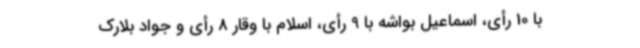
با 10 رأی، اسماعیل بواشه با 9 رأی، اسلام با وقار 8 رأی و جواد بلارک